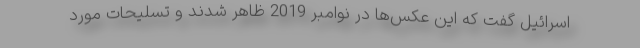
اسرائیل گفت که این عکس‌ها در نوامبر 2019 ظاهر شدند و تسلیحات مورد